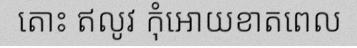
តោះ ឥលូវ កុំអោយខាតពេល